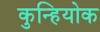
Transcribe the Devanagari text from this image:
कुन्हियोक